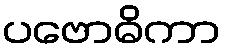
ပဗောဓိကာ